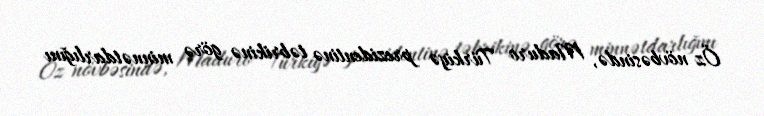
Öz növbəsində, Maduro Türkiyə prezidentinə təbrikinə görə minnətdarlığını